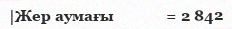
|Жер аумағы             = 2 842